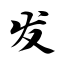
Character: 发